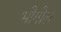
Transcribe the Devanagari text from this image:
भोगोल